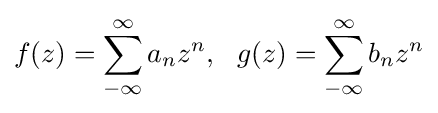
f(z)=\sum _{-\infty }^{\infty }a_{n}z^{n},\,\,\,\,g(z)=\sum _{-\infty }^{\infty }b_{n}z^{n}